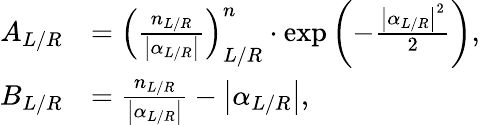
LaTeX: \begin{array}{rl}{A_{L/R}}&{=\left(\frac{n_{L/R}}{\left|\alpha_{L/R}\right|}\right)_{L/R}^{n}\cdot\exp\left(-\frac{\left|\alpha_{L/R}\right|^{2}}{2}\right),}\\ {B_{L/R}}&{=\frac{n_{L/R}}{\left|\alpha_{L/R}\right|}-\left|\alpha_{L/R}\right|,}\end{array}